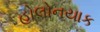
હોલોનયાક